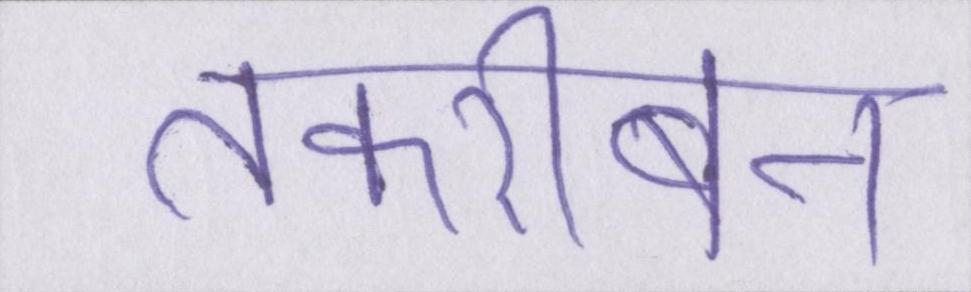
तकरीबन